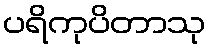
ပရိကုပိတာသု